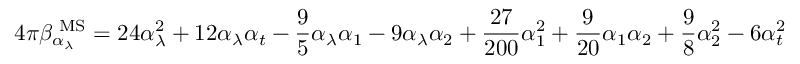
4 \pi \beta _ { \alpha _ { \lambda } } ^ { \mathrm { { \scriptsize ~ M S } } } = 2 4 \alpha _ { \lambda } ^ { 2 } + 1 2 \alpha _ { \lambda } \alpha _ { t } - \frac { 9 } { 5 } \alpha _ { \lambda } \alpha _ { 1 } - 9 \alpha _ { \lambda } \alpha _ { 2 } + \frac { 2 7 } { 2 0 0 } \alpha _ { 1 } ^ { 2 } + \frac { 9 } { 2 0 } \alpha _ { 1 } \alpha _ { 2 } + \frac { 9 } { 8 } \alpha _ { 2 } ^ { 2 } - 6 \alpha _ { t } ^ { 2 }